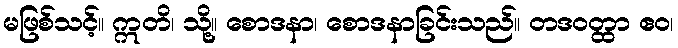
မဖြစ်သင့်။ ဣတိ၊ သို့။ စောဒနာ၊ စောဒနာခြင်းသည်။ တဒဝတ္ထာ ဧဝ၊